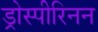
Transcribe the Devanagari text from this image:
ड्रोस्पीरिनन